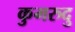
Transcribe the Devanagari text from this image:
कुमरुदु